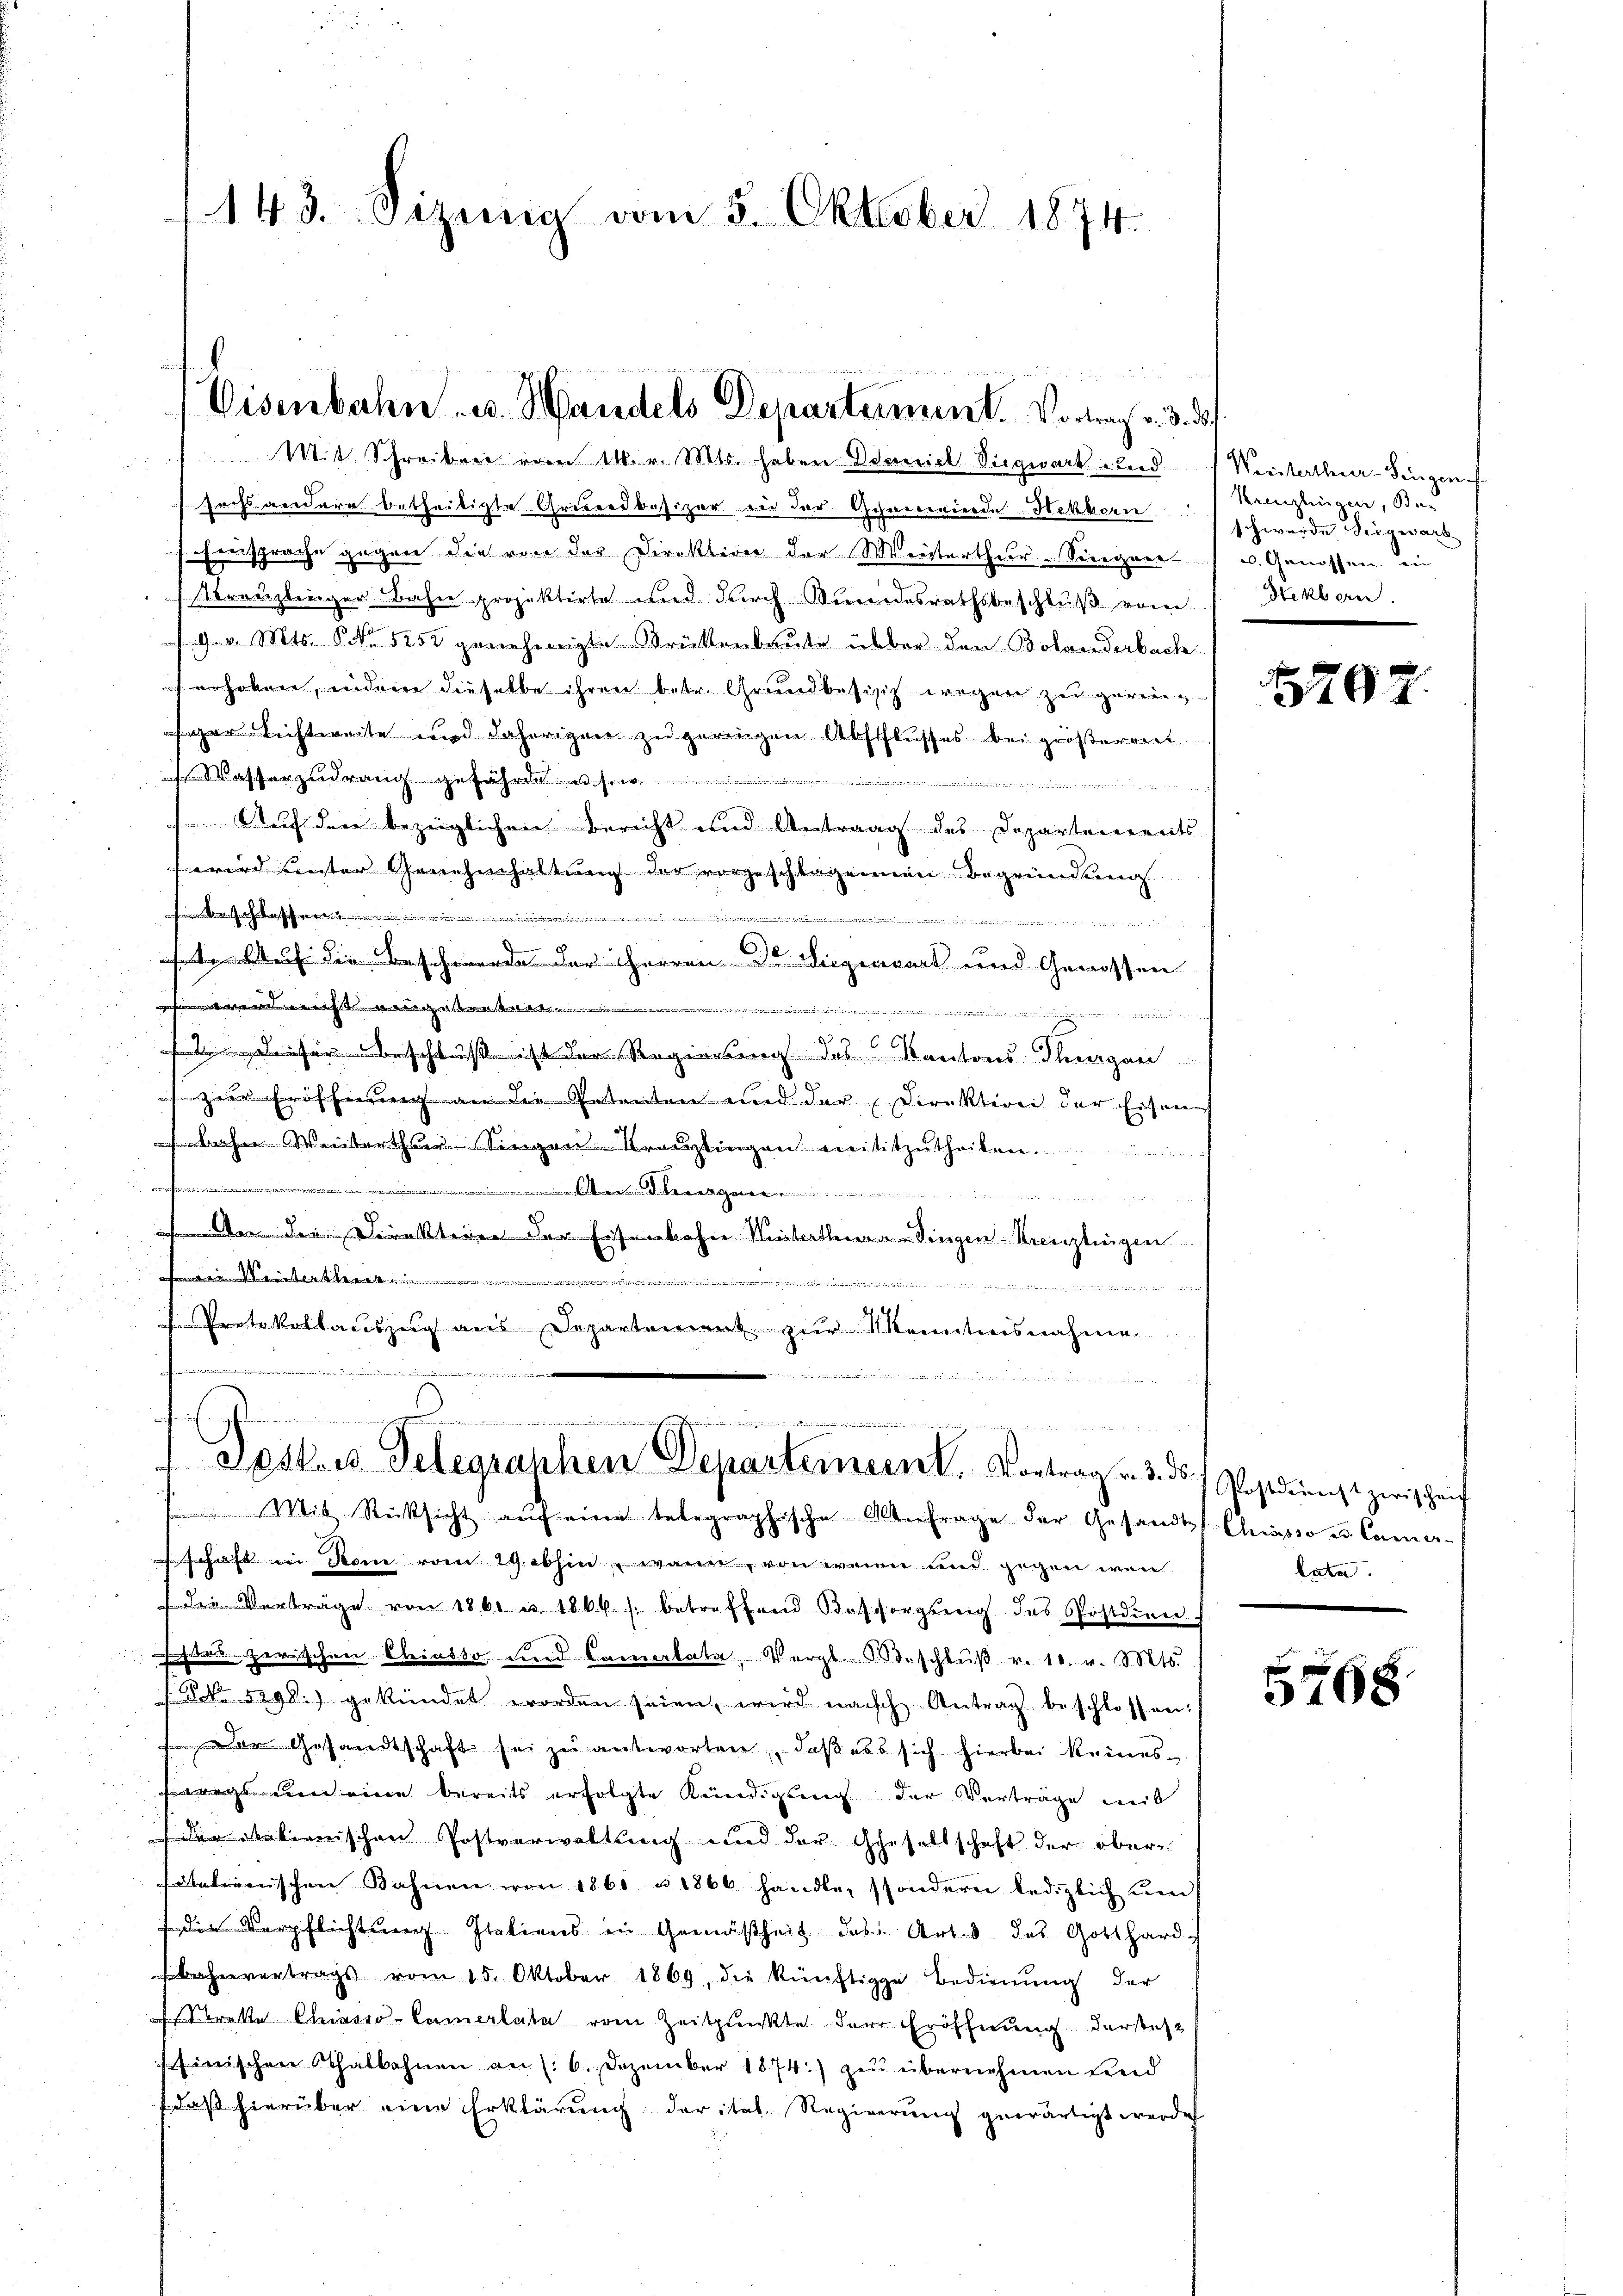
143. Sizung vom 5. Oktober 1874.

.
Eisenbahn u. Handels Departement. Vortrag v. 3. ds.

Mit Schreiberei vom 11. v. Mts. haben Daniel Siegwart und 1 Weisterthur–Singen
sochs andere betheiligte Grebendbesizer in der Gemeinde Hekborn
Einsprache gegen die von der Direktion der Weisterthur-Seegner
breuzlinger Bahn projektirte und durch Kundesrathsbeschluß vom
9. v. Mts. S. 525 genehmigte Brückenbaute über den Botanderbach
erhoben, indem dieselbe ihren betr. Grundbesisich wegen zu gereingar nichtweite und daherigen zu geringen Abschlusses bei größerrent
Wasserzudrang gefährde nachrie
noch ist in
Auf den bezüglichen Bericht und Antrag des Departements
wird bester Genehmhaltung der vorgeschlagenen Begründung
............................................
t
 25
 Auf die Beschwerde der Herren Dr. Liegenwart und Genossen
hwendi
n

 Diesen Beschluß ist der Regierung des Kantons Thurgau
 zur Eröffnung an die Petenten und der Direktion der Eisen-
 Weiterthur Singen-Kreuzlingen mititzutheilen.
...................
 der Direkteien der Eisenbahne Winterthur–Singen-Kreuzlingen
in Weiterth
.
n
d
 Protokollauszug aus Departement zur Kenntnisnahme

.
......
x
dosus Telegraphen Departement. Vortrag v. 3. ds Postdienst zwischei
Mit Rücksicht auf eine telegraphische Anfrage der Gesandts Chiasso u. Camer-

schaft in Rome vom 29. abhin wäre, von wenn und gegen wär
die Verträge von 1861 u. 1806. s. betreffend Besorgŭng des Postdien
schtes zerischen Chiasso und Camarkata, Vergl. Beschlŭβ v. 10. v. Mts.
d No. 5298.) gekündet worden seien, wird nach Antrag beschlossen:
 der Gesandtschaft sei zu antworten, daß es sich hierbei keinesswegs um eine bereits erfolgte Kündigung der Verträge weit
der Relienischen Postverwaltung und der Gesellschaft der oberfatalienischen Bahnen von 1860 u. 1866 handle, sondern lediglich um
die Verpflichtung. Italiens in Gemäßheit des Art. 3 des Gotthard
Bahnvertrags vom 15. Oktober 1869, die künftige Bedienŭng der
k Chias-Camerlata vom Zeitpunkte der Eröffnung derstehe
inischen Thalbahnen an (: 6. Dezember 1874) zu übernehmen sind
daß hierüber eine Erklärung der ital. Regierung gewärtigt werde

Kenzlingen, der
schwerde Siegwart
u. Genossen in
Sekborn.

5702

lata.

5768